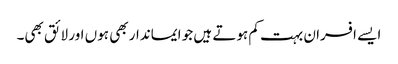
ایسے افسران بہت کم ہوتے ہیں جو ایماندار بھی ہوں اور لائق بھی۔